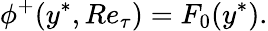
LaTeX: \phi^{+}(y^{\ast},Re_{\tau})=F_{0}(y^{\ast}).